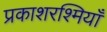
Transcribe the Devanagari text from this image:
प्रकाशरश्मियाँ